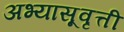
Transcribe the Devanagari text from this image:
अभ्यासूवृत्ती